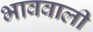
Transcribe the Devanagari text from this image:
भाववाली